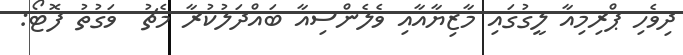
ދިވެހި ޕްރިމިއާ ލީގުގައި މާޒިޔާއާއި ވެލެންސިއާ ބައްދަލުކުރާ މެޗު  ވަގުތު ފޮޓޯ: